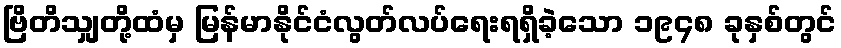
ဗြိတိသျှတို့ထံမှ မြန်မာနိုင်ငံလွတ်လပ်ရေးရရှိခဲ့သော ၁၉၄၈ ခုနှစ်တွင်